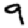
Digit: 9